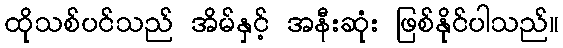
ထိုသစ်ပင်သည် အိမ်နှင့် အနီးဆုံး ဖြစ်နိုင်ပါသည်။